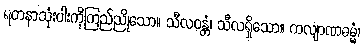
ရတနာသုံးပါးကိုကြည်ညိုသော။ သီလဝန္တံ၊ သီလရှိသော။ ကလျာဏဓမ္မံ၊